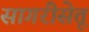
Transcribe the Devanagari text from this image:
सागरीसेतू